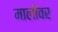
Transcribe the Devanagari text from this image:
मालीवर